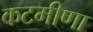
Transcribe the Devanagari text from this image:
कटमीणा